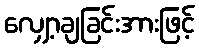
လျှော့ချခြင်းအားဖြင့်